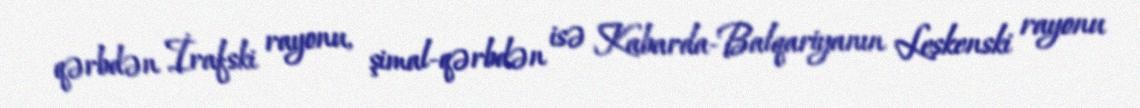
qərbdən İrafski rayonu, şimal-qərbdən isə Kabarda-Balqariyanın Leskenski rayonu